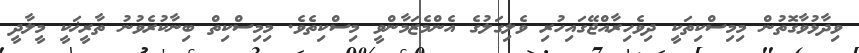
ވިދާޅުވާގޮތުން މިމިސްކިތަކީ ދިވެހިރާއްޖޭގައިހުރި ވެލިގަލުގެ އެންމެޒަމާންވީ މިސްކިތެވެ. މިމިސްކިތް ބިނާކުރެވުނު ތާރީޚަކީ މީލާދީ